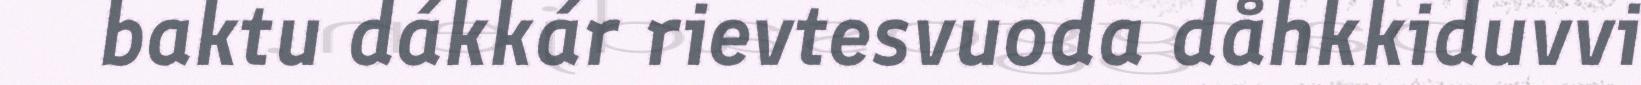
baktu dákkár rievtesvuoda dåhkkiduvvi